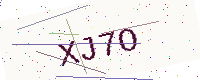
Text: XJ7O